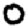
Digit: 0